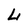
Character: L